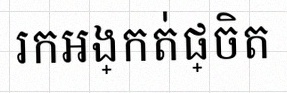
រកអង្កត់ផ្ចិត